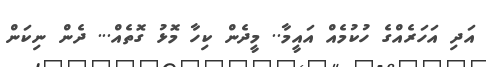
އަދި އަހަރެއްގެ ހުކުމެއް އައީމާ.. މީދެން ކިހާ މޮޅު ގޮތެއް... ދެން ނިކަން